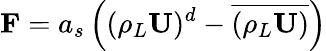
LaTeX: \mathbf{F}=a_{s}\left((\rho_{L}\mathbf{U})^{d}-\overline{{(\rho_{L}\mathbf{U})}}\right)